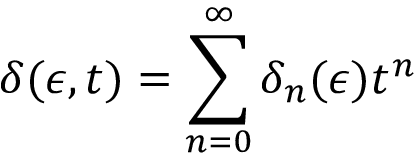
\delta ( \epsilon , t ) = \sum _ { n = 0 } ^ { \infty } \delta _ { n } ( \epsilon ) t ^ { n }